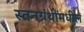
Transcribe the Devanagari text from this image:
स्तनग्रंथींमधील